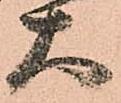
大